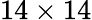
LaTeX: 14\times 14